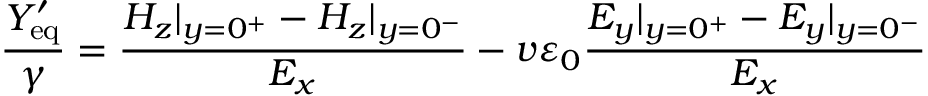
\frac { Y _ { \mathrm { e q } } ^ { \prime } } { \gamma } = \frac { H _ { z } | _ { y = 0 ^ { + } } - H _ { z } | _ { y = 0 ^ { - } } } { E _ { x } } - v \varepsilon _ { 0 } \frac { E _ { y } | _ { y = 0 ^ { + } } - E _ { y } | _ { y = 0 ^ { - } } } { E _ { x } }